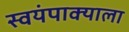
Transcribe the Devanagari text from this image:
स्वयंपाक्याला